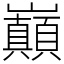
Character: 巔